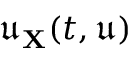
\mathfrak { u } _ { \mathbf { X } } ( t , \mathfrak { u } )